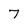
Character: 7